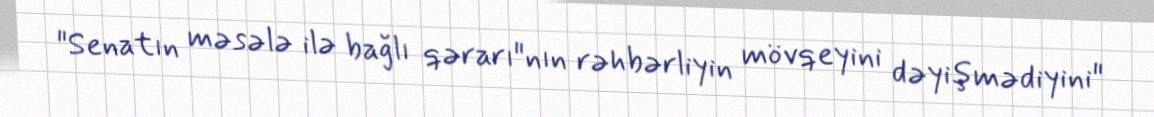
"Senatın məsələ ilə bağlı qərarı"nın rəhbərliyin mövqeyini dəyişmədiyini"